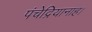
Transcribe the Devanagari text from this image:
पंचेद्रियानाह।